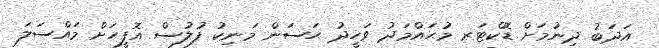
އަދަބު ދިނުމަށް ޑޮކްޓަރ މުޙައްމަދު ވަހީދު ޙަސަން މަނިކު ފުލުސް އޮފީހަށް މައްސަލަ